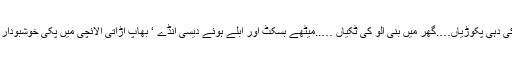
بازار کی دہی پکوڑیاں….گھر میں بنی آلو کی ٹکیاں …..میٹھے بسکٹ اور ابلے ہوئے دیسی انڈے ‘ بھاپ اڑاتی الائچی میں پکی خوشبودار چائے۔